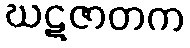
ဃဋဇာတက